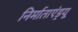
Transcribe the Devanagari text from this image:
निर्माताएंड्रयू